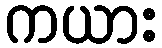
ကယား